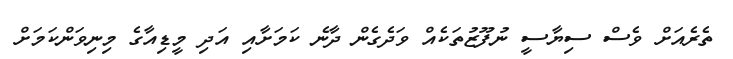
ތެރެއަށް ވެސް ސިޔާސީ ނުފޫޒުތަކެއް ވަދެގެން ދާނެ ކަމަށާއި އަދި މީޑިއާގެ މިނިވަންކަމަށް